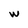
Character: w